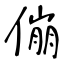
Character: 傰